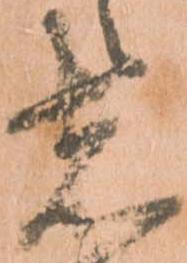
者